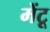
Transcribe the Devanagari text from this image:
मेंटू